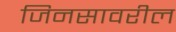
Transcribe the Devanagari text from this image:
जिनसावरील